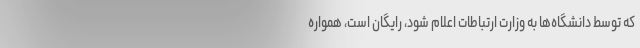
که توسط دانشگاه‌ها به وزارت ارتباطات اعلام شود، رایگان است، همواره